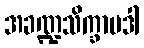
အခဏ္ဍသိက္ခာပဒါ